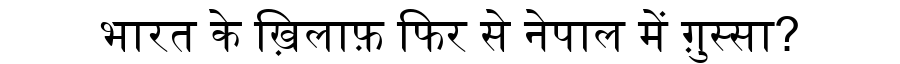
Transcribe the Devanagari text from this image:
भारत के ख़िलाफ़ फिर से नेपाल में ग़ुस्सा?